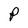
Character: P